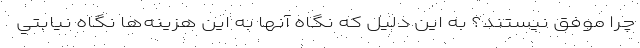
چرا موفق نيستند؟ به اين دليل كه نگاه آنها به اين هزينه‌ها نگاه نيابتي